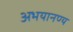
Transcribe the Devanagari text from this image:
अभयानण्‍य